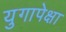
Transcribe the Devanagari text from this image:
युगापेक्षा